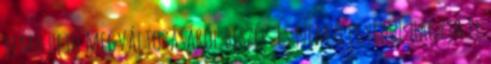
remélhető megváltozásáról beszél. És nem ő egyedül hagyja el